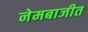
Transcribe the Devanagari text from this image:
नेमबाजीत